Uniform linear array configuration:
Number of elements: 48
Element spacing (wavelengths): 1
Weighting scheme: blackman
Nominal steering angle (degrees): -45
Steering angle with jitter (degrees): -45.599
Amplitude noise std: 0.05
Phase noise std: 0.05

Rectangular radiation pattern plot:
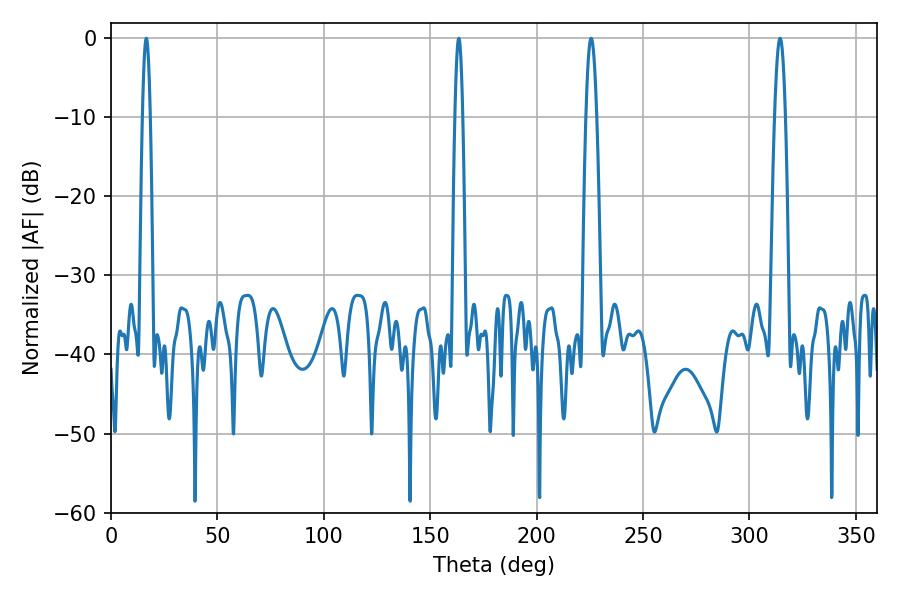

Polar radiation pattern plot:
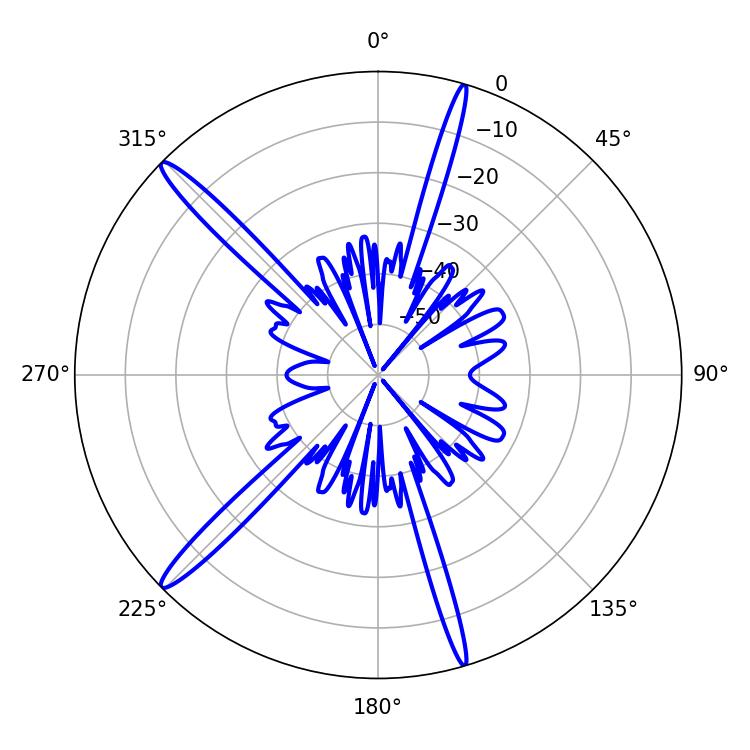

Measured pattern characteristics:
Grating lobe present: TRUE
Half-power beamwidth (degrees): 1.8
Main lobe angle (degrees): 16.56